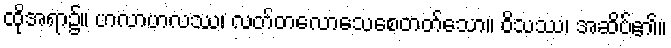
ထိုအရာ၌။ ဟလာဟလဿ၊ လတ်တလောသေစေတတ်သော။ ဝိသဿ၊ အဆိပ်၏။